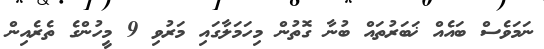
ނަމަވެސް ބައެއް ޚަބަރުތައް ބުނާ ގޮތުން މިހަމަލާގައި މަރުވި 9 މީހުންގެ ތެރެއިން